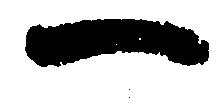
一